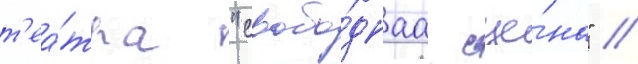
т'еа́тра "свобо́днаа сце́на" //